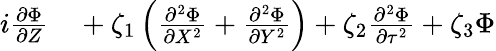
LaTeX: \begin{array}{rl}{i\frac{\partial\Phi}{\partial Z}}&{{}+\zeta_{1}\left(\frac{\partial^{2}\Phi}{\partial X^{2}}+\frac{\partial^{2}\Phi}{\partial Y^{2}}\right)+\zeta_{2}\frac{\partial^{2}\Phi}{\partial\tau^{2}}+\zeta_{3}\Phi}\end{array}